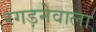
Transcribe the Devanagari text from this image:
रगड़नेवाला